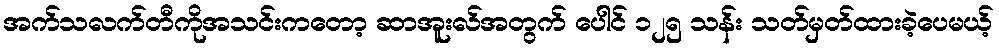
အက်သလက်တီကိုအသင်းကတော့ ဆာအူးလ်အတွက် ပေါင် ၁၂၅ သန်း သတ်မှတ်ထားခဲ့ပေမယ့်